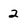
Character: 2